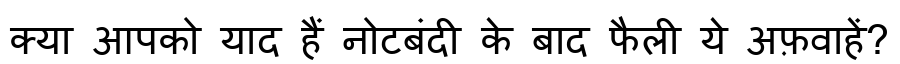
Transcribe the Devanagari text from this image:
क्या आपको याद हैं नोटबंदी के बाद फैली ये अफ़वाहें?